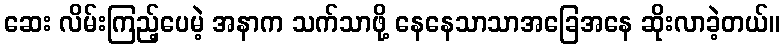
ဆေး လိမ်းကြည့်ပေမဲ့ အနာက သက်သာဖို့ နေနေသာသာအခြေအနေ ဆိုးလာခဲ့တယ်။